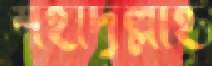
শহীদুল্লাহ